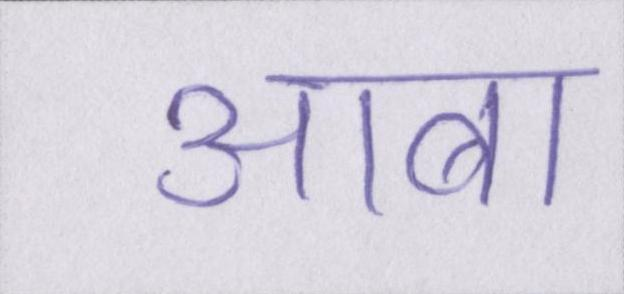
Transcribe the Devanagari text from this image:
आबा